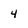
Character: 4